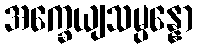
အက္ခေယျသမ္ပန္နော